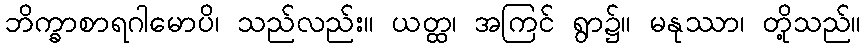
ဘိက္ခာစာရဂါမောပိ၊ သည်လည်း။ ယတ္ထ၊ အကြင် ရွာ၌။ မနုဿာ၊ တို့သည်။